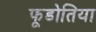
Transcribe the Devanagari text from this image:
फूडोतिया